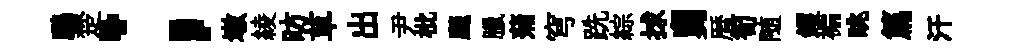
鸝楚；墩綾昉草出尹枇颷臘蒲穹跣綜捄舅暦筍随钁褊眺篇汗